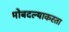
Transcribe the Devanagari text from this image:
मोबदल्याकरता